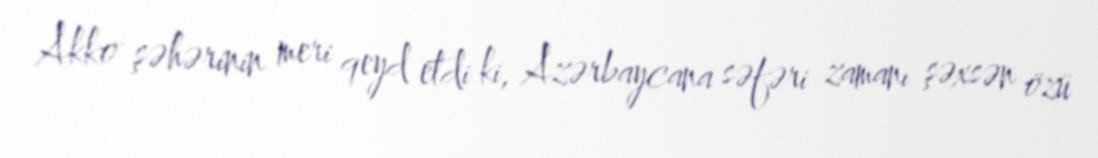
Akko şəhərinin meri qeyd etdi ki, Azərbaycana səfəri zamanı şəxsən özü